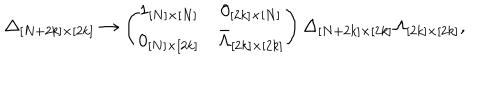
\Delta _ { [ N + 2 k ] \times [ 2 k ] } \rightarrow \left( \! \begin{array} { c c } { { 1 _ { [ N ] \times [ N ] } } } & { { 0 _ { [ 2 k ] \times [ N ] } } } \\ { { 0 _ { [ N ] \times [ 2 k ] } } } & { { \bar { \Lambda } _ { [ 2 k ] \times [ 2 k ] } } } \\ \end{array} \! \right) \Delta _ { [ N + 2 k ] \times [ 2 k ] } \Lambda _ { [ 2 k ] \times [ 2 k ] } ,